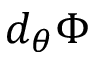
d _ { \theta } \Phi